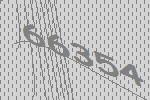
66354